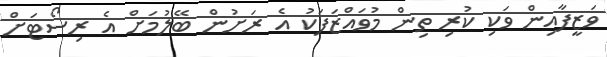
ވަޒީފާއިން ވަކި ކުރި ތިން މުވައްޒަފަކު އެ ރަށުން ބޭލުމަށް އެ ރިސޯޓަށް